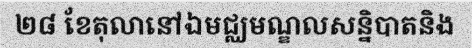
២៨ ខែតុលានៅឯមជ្ឈមណ្ឌលសន្និបាតនិង